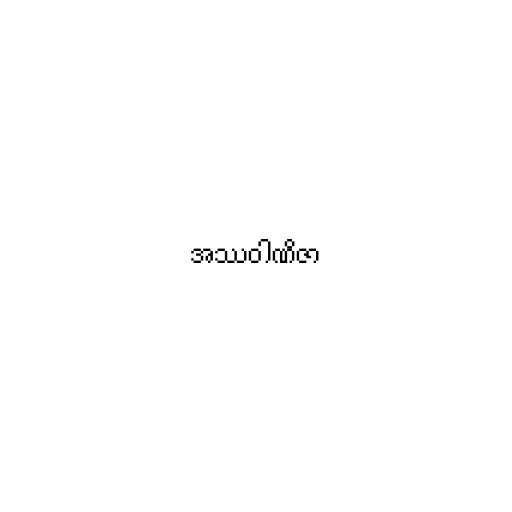
အဿဝါဏိဇာ